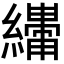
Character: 𬘆